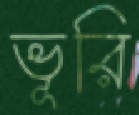
ভূরি